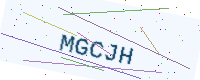
Text: MGCJH